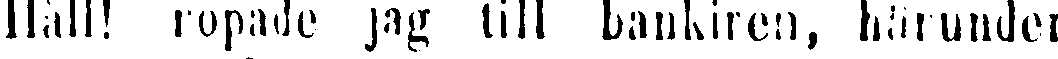
Häll! ropade jag till bankiren, härunder